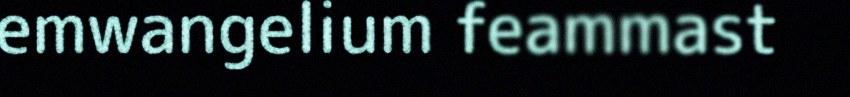
emwangelium feammast